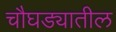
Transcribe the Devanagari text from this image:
चौघड्यातील